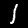
Digit: 1